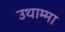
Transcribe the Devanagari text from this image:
उथाम्मा